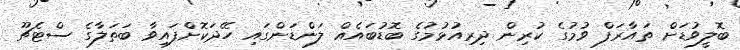
ބޮލީވުޑަށް ތައާރަފް ވުމުގެ ކުރިން ދިރިއުޅުމުގެ ބޮޑުބައެއް ލަންޑަންގައި ހޭދަކޮށްފައިވާ ބަތަލާގެ ސްޓެޗޫ